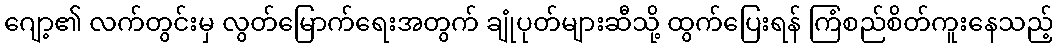
ဂျော့၏ လက်တွင်းမှ လွတ်မြောက်ရေးအတွက် ချုံပုတ်များဆီသို့ ထွက်ပြေးရန် ကြံစည်စိတ်ကူးနေသည့်